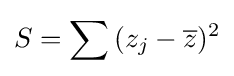
S=\sum {(z_{j}-{\overline {z}})^{2}}